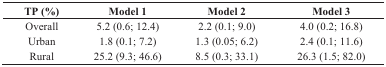
<table><thead><tr><td><b>TP (%)</b></td><td><b>Model 1</b></td><td><b>Model 2</b></td><td><b>Model 3</b></td></tr></thead><tbody><tr><td>Overall</td><td>5.2 (0.6; 12.4)</td><td>2.2 (0.1; 9.0)</td><td>4.0 (0.2; 16.8)</td></tr><tr><td>Urban</td><td>1.8 (0.1; 7.2)</td><td>1.3 (0.05; 6.2)</td><td>2.4 (0.1; 11.6)</td></tr><tr><td>Rural</td><td>25.2 (9.3; 46.6)</td><td>8.5 (0.3; 33.1)</td><td>26.3 (1.5; 82.0)</td></tr></tbody></table>